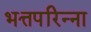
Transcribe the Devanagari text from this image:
भत्तपरिन्ना